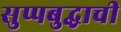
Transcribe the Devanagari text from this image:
सुप्पबुद्धाची